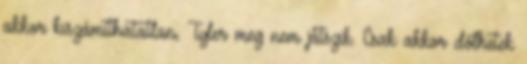
akkor kiszámíthatatlan, Tyler meg nem játszik. Csak akkor dőlhetek